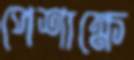
পেশাক্ষে